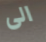
الى